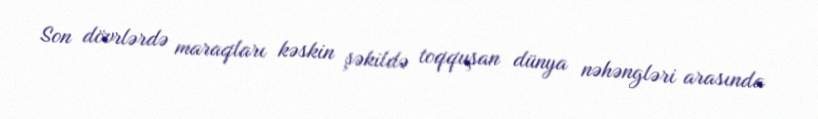
Son dövrlərdə maraqları kəskin şəkildə toqquşan dünya nəhəngləri arasında